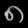
Digit: ၈